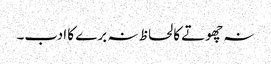
نہ چھوتے کا لحاظ نہ برے کا ادب۔